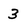
Character: 3